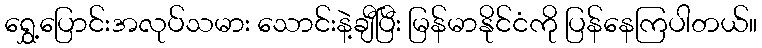
ရွှေ့ပြောင်းအလုပ်သမား သောင်းနဲ့ချီပြီး မြန်မာနိုင်ငံကို ပြန်နေကြပါတယ်။